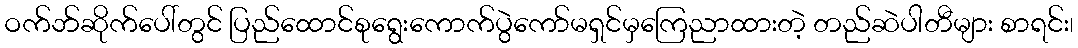
ဝက်ဘ်ဆိုက်ပေါ်တွင် ပြည်ထောင်စုရွေးကောက်ပွဲကော်မရှင်မှကြေညာထားတဲ့ တည်ဆဲပါတီများ စာရင်း၊